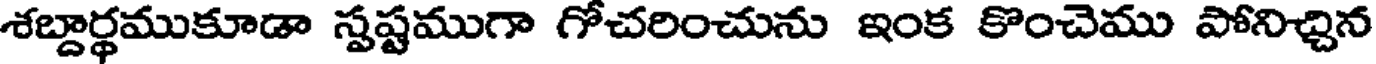
శబ్దార్థముకూడా స్పష్టముగా గోచరించును ఇంక కొంచెము పోనిచ్చిన